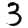
Digit: 3